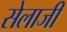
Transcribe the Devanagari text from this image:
सेलाजी